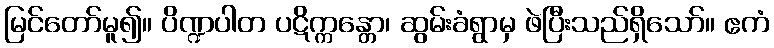
မြင်တော်မူ၍။ ပိဏ္ဍပါတ ပဋိက္ကန္တော၊ ဆွမ်းခံရွာမှ ဖဲပြီးသည်ရှိသော်။ ဧကံ